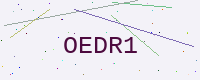
Text: OEDR1